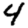
Digit: 4